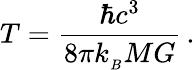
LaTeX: T=\frac{\hbar c^{3}}{8\pi k_{_B}MG}\, .